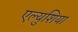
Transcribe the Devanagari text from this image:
एल्युशिया